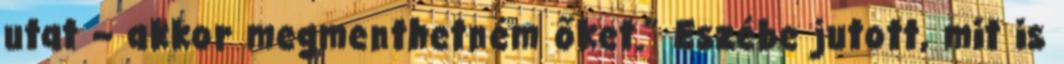
utat – akkor megmenthetném őket.” Eszébe jutott, mit is